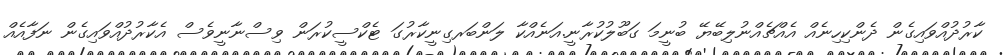
ކާރުދުއްވައިގެން ދެންކިހިނެއް އެއްޗެއްނުލިބޭޔޭ ބުނީމަ ގަބޫލުކުރާނީ.އަނެއްކާ ލަންބަރގިނީކާރުގަ ޓެކްސީކުރަން ވިސްނާނީވެސް އެކާރުދުއްވައިގެން ނަފާއެއް